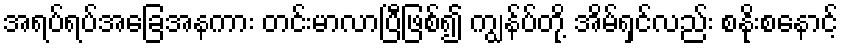
အရပ်ရပ်အခြေအနကား တင်းမာလာပြီဖြစ်၍ ကျွန်ပ်တို့ အိမ်ရှင်လည်း စနိုးစနောင့်